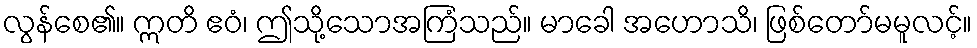
လွန်စေ၏။ ဣတိ ဧဝံ၊ ဤသို့သောအကြံသည်။ မာခေါ အဟောသိ၊ ဖြစ်တော်မမူလင့်။